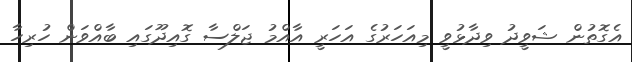
އެގޮތުން ޝަވީދު ވިދާޅުވީ މިއަހަރުގެ އަހަރީ އާއްމު ޖަލްސާ ގޮއިދޫގައި ބާއްވަން ހުރިހާ